system: You are a helpful assistant.
user:
Analyze the provided spectrum to determine if it is a **"Cataclysmic Variables (CV)"**.

- **Key Indicators for CV (Check for either state):**
    - **State 1: Quiescent / Low-State (Emission-Dominated)**
        - **(Primary):** Strong and *very broad* Hydrogen Balmer emission lines (e.g., $H\alpha$ at 6563 Å, $H\beta$ at 4861 Å). The 'broadness' (high velocity dispersion, often FWHM > 1000 km/s) is the key diagnostic, indicating a high-velocity accretion disk.
        - **(Secondary):** Broad neutral Helium (He I) emission lines (e.g., 5876 Å, 6678 Å).
        - **(Key Confirmation):** Presence of high-excitation *ionized* Helium (He II) emission at 4686 Å. This is a strong indicator of accretion onto a white dwarf.
        - **(Line Profile):** Emission lines may exhibit a 'double-peaked' profile, which is a classic signature of a rotating accretion disk viewed at high inclination.

    - **State 2: Outburst / High-State (Absorption-Dominated)**
        - **(Primary):** Spectrum is dominated by a bright, blue continuum (looks like a hot star).
        - **(Secondary):** The emission lines from State 1 are weak, absent, or 'filled in', and are replaced by broad, shallow *absorption* lines (primarily Balmer and He I).
        - **(Morphology):** The overall spectrum mimics a hot B/A-type star. The crucial difference is that the absorption lines are significantly broader, shallower, and more 'washed-out' (or 'smeared') than the sharp lines of a normal stellar photosphere, due to high rotational speeds and pressure broadening in the disk.

Think first, call **spectral_visualization_tool** if needed to examine features in detail, then provide your final answer. Your response must adhere to the following strict rules:
1.  **Overall Structure:** Your response must follow the format `<think>...</think> <tool_call>...</tool_call> (if a tool is used) <answer>...</answer>`.
2.  **Tool Usage Constraint:** You may only make **one** tool call per turn.
3.  **Final Answer Format:** In the `<answer>` tag, your conclusion must be inside a `\boxed{}` command (e.g., `\boxed{YES}`), followed by your justification.

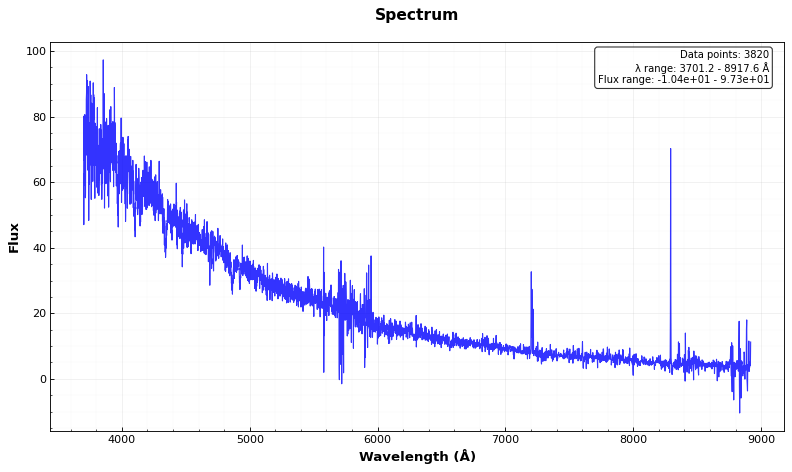
Answer: NO